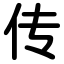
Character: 传